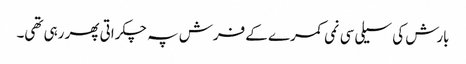
بارش کی سیلی سی نمی کمرے کے فرش پہ چکراتی پھر رہی تھی۔